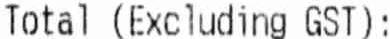
TOTAL (EXCLUDING GST):